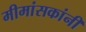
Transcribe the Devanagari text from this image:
मीमांसकांनी